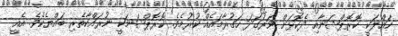
ހައްލަކީ ކޮރޮޕްޝަނާއި ދެކޮޅަށް ވަރުގަދަ ހަގުރާމައެއް ކުރުމެވެ. ކޮރޮޕްޝަނަކީ ނުރައްކާތެރި ބައްޔެކެވެ. އެއީ